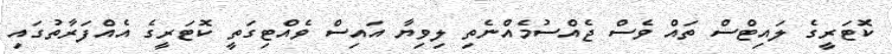
ކޮޓަރީގެ ލައިޓްސް ތައް ވެސް ޖެއްސުމެއްނެތި ލިވިޔާ އައިސް ވެއްޓިގަތީ ކޮޓަރީގެ އެއްފަރާތުގައި